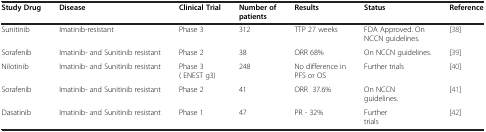
<table><thead><tr><td><b>Study Drug</b></td><td><b>Disease</b></td><td><b>Clinical Trial</b></td><td><b>Number of patients</b></td><td><b>Results</b></td><td><b>Status</b></td><td><b>Reference</b></td></tr></thead><tbody><tr><td>Sunitinib</td><td>Imatinib-resistant</td><td>Phase 3</td><td>312</td><td>TTP 27 weeks</td><td>FDA Approved. On NCCN guidelines.</td><td>[38]</td></tr><tr><td>Sorafenib</td><td>Imatinib- and Sunitinib resistant</td><td>Phase 2</td><td>38</td><td>ORR 68%</td><td>On NCCN guidelines.</td><td>[39]</td></tr><tr><td>Nilotinib</td><td>Imatinib- and Sunitinib resistant</td><td>Phase 3 ( ENEST g3)</td><td>248</td><td>No difference in PFS or OS</td><td>Further trials</td><td>[40]</td></tr><tr><td>Sorafenib</td><td>Imatinib- and Sunitinib resistant</td><td>Phase 2</td><td>41</td><td>ORR 37.6%</td><td>On NCCN guidelines.</td><td>[41]</td></tr><tr><td>Dasatinib</td><td>Imatinib- and Sunitinib resistant</td><td>Phase 1</td><td>47</td><td>PR - 32%</td><td>Further trials</td><td>[42]</td></tr></tbody></table>